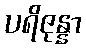
ပရိဇုန္နာ